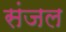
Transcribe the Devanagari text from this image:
संजल